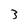
Character: 3